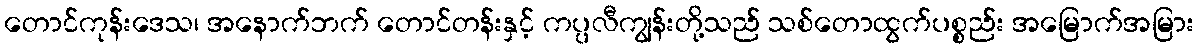
တောင်ကုန်းဒေသ၊ အနောက်ဘက် တောင်တန်းနှင့် ကပ္ပလီကျွန်းတို့သည် သစ်တောထွက်ပစ္စည်း အမြောက်အမြား